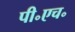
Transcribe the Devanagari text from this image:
पी॰एच॰